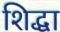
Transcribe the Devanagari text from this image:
शिद्धा